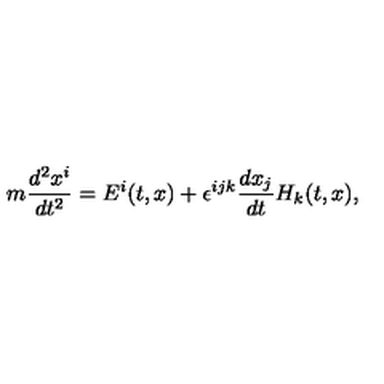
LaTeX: m \frac { d ^ { 2 } x ^ { i } } { d t ^ { 2 } } = E ^ { i } ( t , x ) + \epsilon ^ { i j k } \frac { d x _ { j } } { d t } H _ { k } ( t , x ) ,